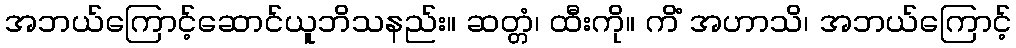
အဘယ်ကြောင့်ဆောင်ယူဘိသနည်း။ ဆတ္တံ၊ ထီးကို။ ကိံ အဟာသိ၊ အဘယ်ကြောင့်